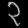
Digit: ၃